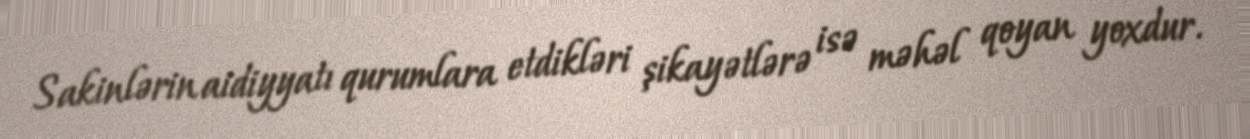
Sakinlərin aidiyyatı qurumlara etdikləri şikayətlərə isə məhəl qoyan yoxdur.